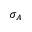
\sigma _ { A }